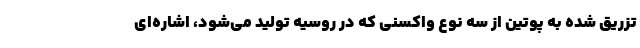
تزریق شده به پوتین از سه نوع واکسنی که در روسیه تولید می‌شود، اشاره‌ای